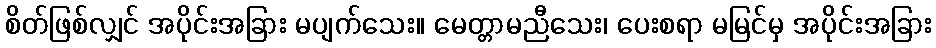
စိတ်ဖြစ်လျှင် အပိုင်းအခြား မပျက်သေး။ မေတ္တာမညီသေး၊ ပေးစရာ မမြင်မှ အပိုင်းအခြား